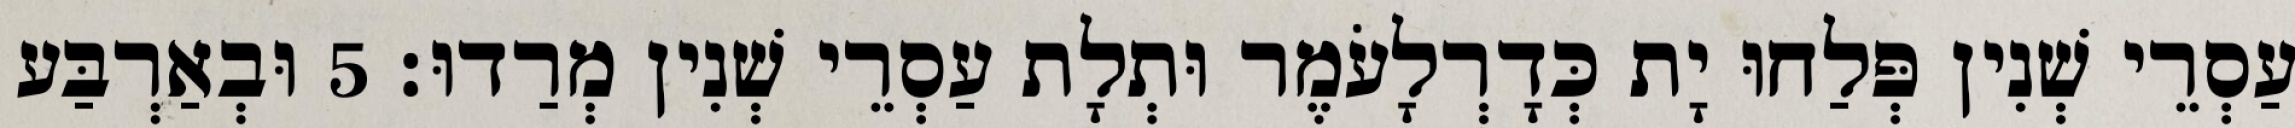
עַסְרֵי שְׁנִין פְּלַחוּ יָת כְּדָרְלָעֹמֶר וּתְלָת עַסְרֵי שְׁנִין מְרַדוּ׃ 5 וּבְאַרְבַּע